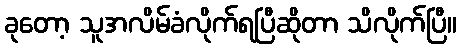
ခုတော့ သူအလိမ်ခံလိုက်ရပြီဆိုတာ သိလိုက်ပြီ။